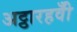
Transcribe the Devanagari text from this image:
अट्ठारहवीँ